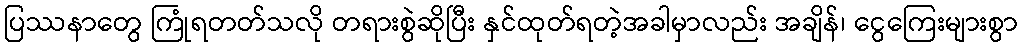
ပြဿနာတွေ ကြုံရတတ်သလို တရားစွဲဆိုပြီး နှင်ထုတ်ရတဲ့အခါမှာလည်း အချိန်၊ ငွေကြေးများစွာ